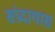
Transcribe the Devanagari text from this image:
संप्रदायास